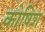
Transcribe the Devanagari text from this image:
कोषिश